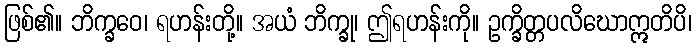
ဖြစ်၏။ ဘိက္ခဝေ၊ ရဟန်းတို့။ အယံ ဘိက္ခု၊ ဤရဟန်းကို။ ဥက္ခိတ္တပလိဃောဣတိပိ၊